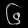
Digit: ၆